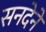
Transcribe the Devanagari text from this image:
सनदेने